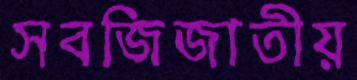
সবজিজাতীয়